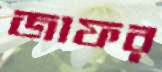
জাফর